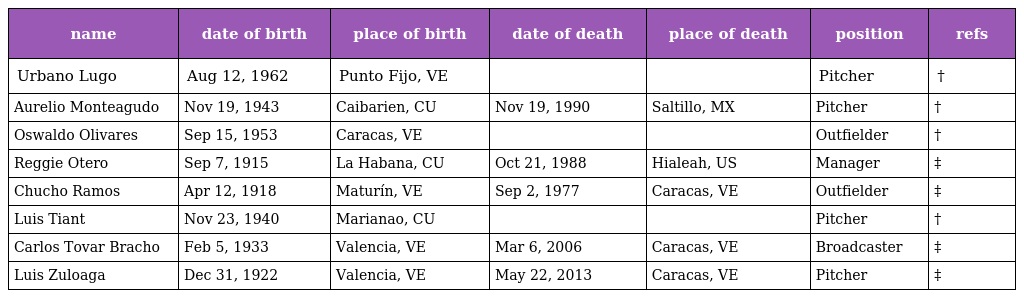
| name | date of birth | place of birth | date of death | place of death | position | refs |
 | --- | --- | --- | --- | --- | --- | --- |
 | Urbano Lugo | Aug 12, 1962 | Punto Fijo, VE |  |  | Pitcher | † |
 | Aurelio Monteagudo | Nov 19, 1943 | Caibarien, CU | Nov 19, 1990 | Saltillo, MX | Pitcher | † |
 | Oswaldo Olivares | Sep 15, 1953 | Caracas, VE |  |  | Outfielder | † |
 | Reggie Otero | Sep 7, 1915 | La Habana, CU | Oct 21, 1988 | Hialeah, US | Manager | ‡ |
 | Chucho Ramos | Apr 12, 1918 | Maturín, VE | Sep 2, 1977 | Caracas, VE | Outfielder | ‡ |
 | Luis Tiant | Nov 23, 1940 | Marianao, CU |  |  | Pitcher | † |
 | Carlos Tovar Bracho | Feb 5, 1933 | Valencia, VE | Mar 6, 2006 | Caracas, VE | Broadcaster | ‡ |
 | Luis Zuloaga | Dec 31, 1922 | Valencia, VE | May 22, 2013 | Caracas, VE | Pitcher | ‡ |